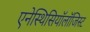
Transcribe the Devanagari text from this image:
एनेस्थिसियॉलॉजिस्ट